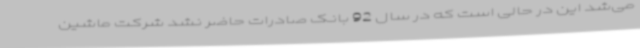
می‌شد این در حالی است که در سال 92 بانک صادرات حاضر نشد شرکت ماشین